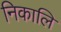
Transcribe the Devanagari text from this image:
निकालि